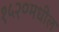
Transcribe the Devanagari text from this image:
१५२०मधील